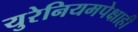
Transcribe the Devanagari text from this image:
युरेनियमपेक्षाही